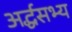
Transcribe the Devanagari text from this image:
अर्द्धसभ्य